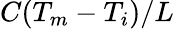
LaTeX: C(T_{m}-T_{i})/L